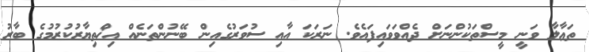
ތަޢާލާ ވަނީ މީސްތަކުންނަށް ދެއްވަވައިފައެވެ. ނަރަކަ އާއި ސުވަރުގެއިން ބޭނުންތަނެއް އިޚްތިޔާރުކުރުމުގެ ބާރު